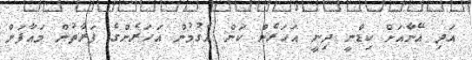
އަދި އޭނާއަށް ކިޑްނީ ދިނީ އަހަރެން ކަން އެގުމުން އަހަރެންގެ ފަރާތުން މައާފަށް